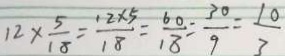
1 2 \times \frac { 5 } { 1 8 } = \frac { 1 2 \times 5 } { 1 8 } = \frac { 6 0 } { 1 8 } = \frac { 3 0 } { 9 } = \frac { 1 0 } { 3 }